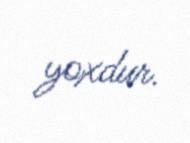
yoxdur.